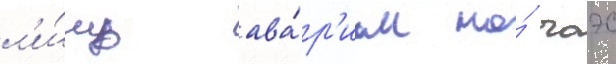
л'и́шь ава́р'иам на́ чаэс